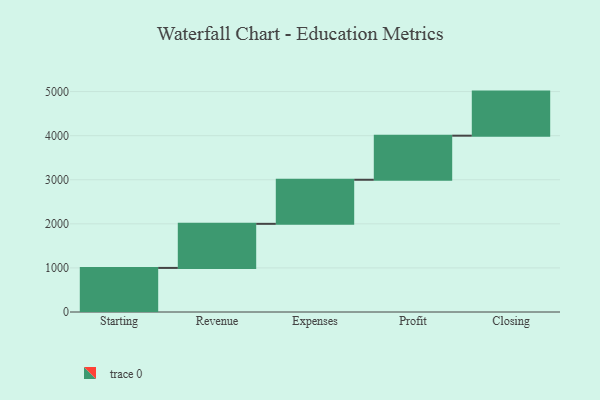
{"axis": {"x": "Step", "y": "Value"}, "legend": [""], "data": [{"x": "Starting", "y": 1000, "type": ""}, {"x": "Revenue", "y": 1000, "type": ""}, {"x": "Expenses", "y": 1000, "type": ""}, {"x": "Profit", "y": 1000, "type": ""}, {"x": "Closing", "y": 1000, "type": ""}]}